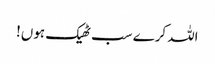
اللہ کرے سب ٹھیک ہوں!